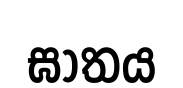
ඝාතය